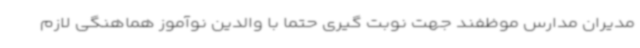
مدیران مدارس موظفند جهت نوبت گیری حتما با والدین نوآموز هماهنگی لازم